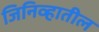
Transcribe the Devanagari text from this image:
जिनिव्हातील